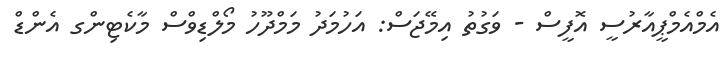
އެމްއެމްޕީއާރުސީ އޮފީސް - ވަގުތު އިމޭޖަސް: އަހުމަދު މަމްދޫހު މޯލްޑިވްސް މާކެޓިންގ އެންޑް